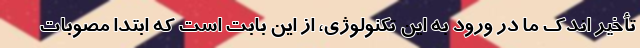
تأخیر اندک ما در ورود به این تکنولوژی، از این بابت است که ابتدا مصوبات